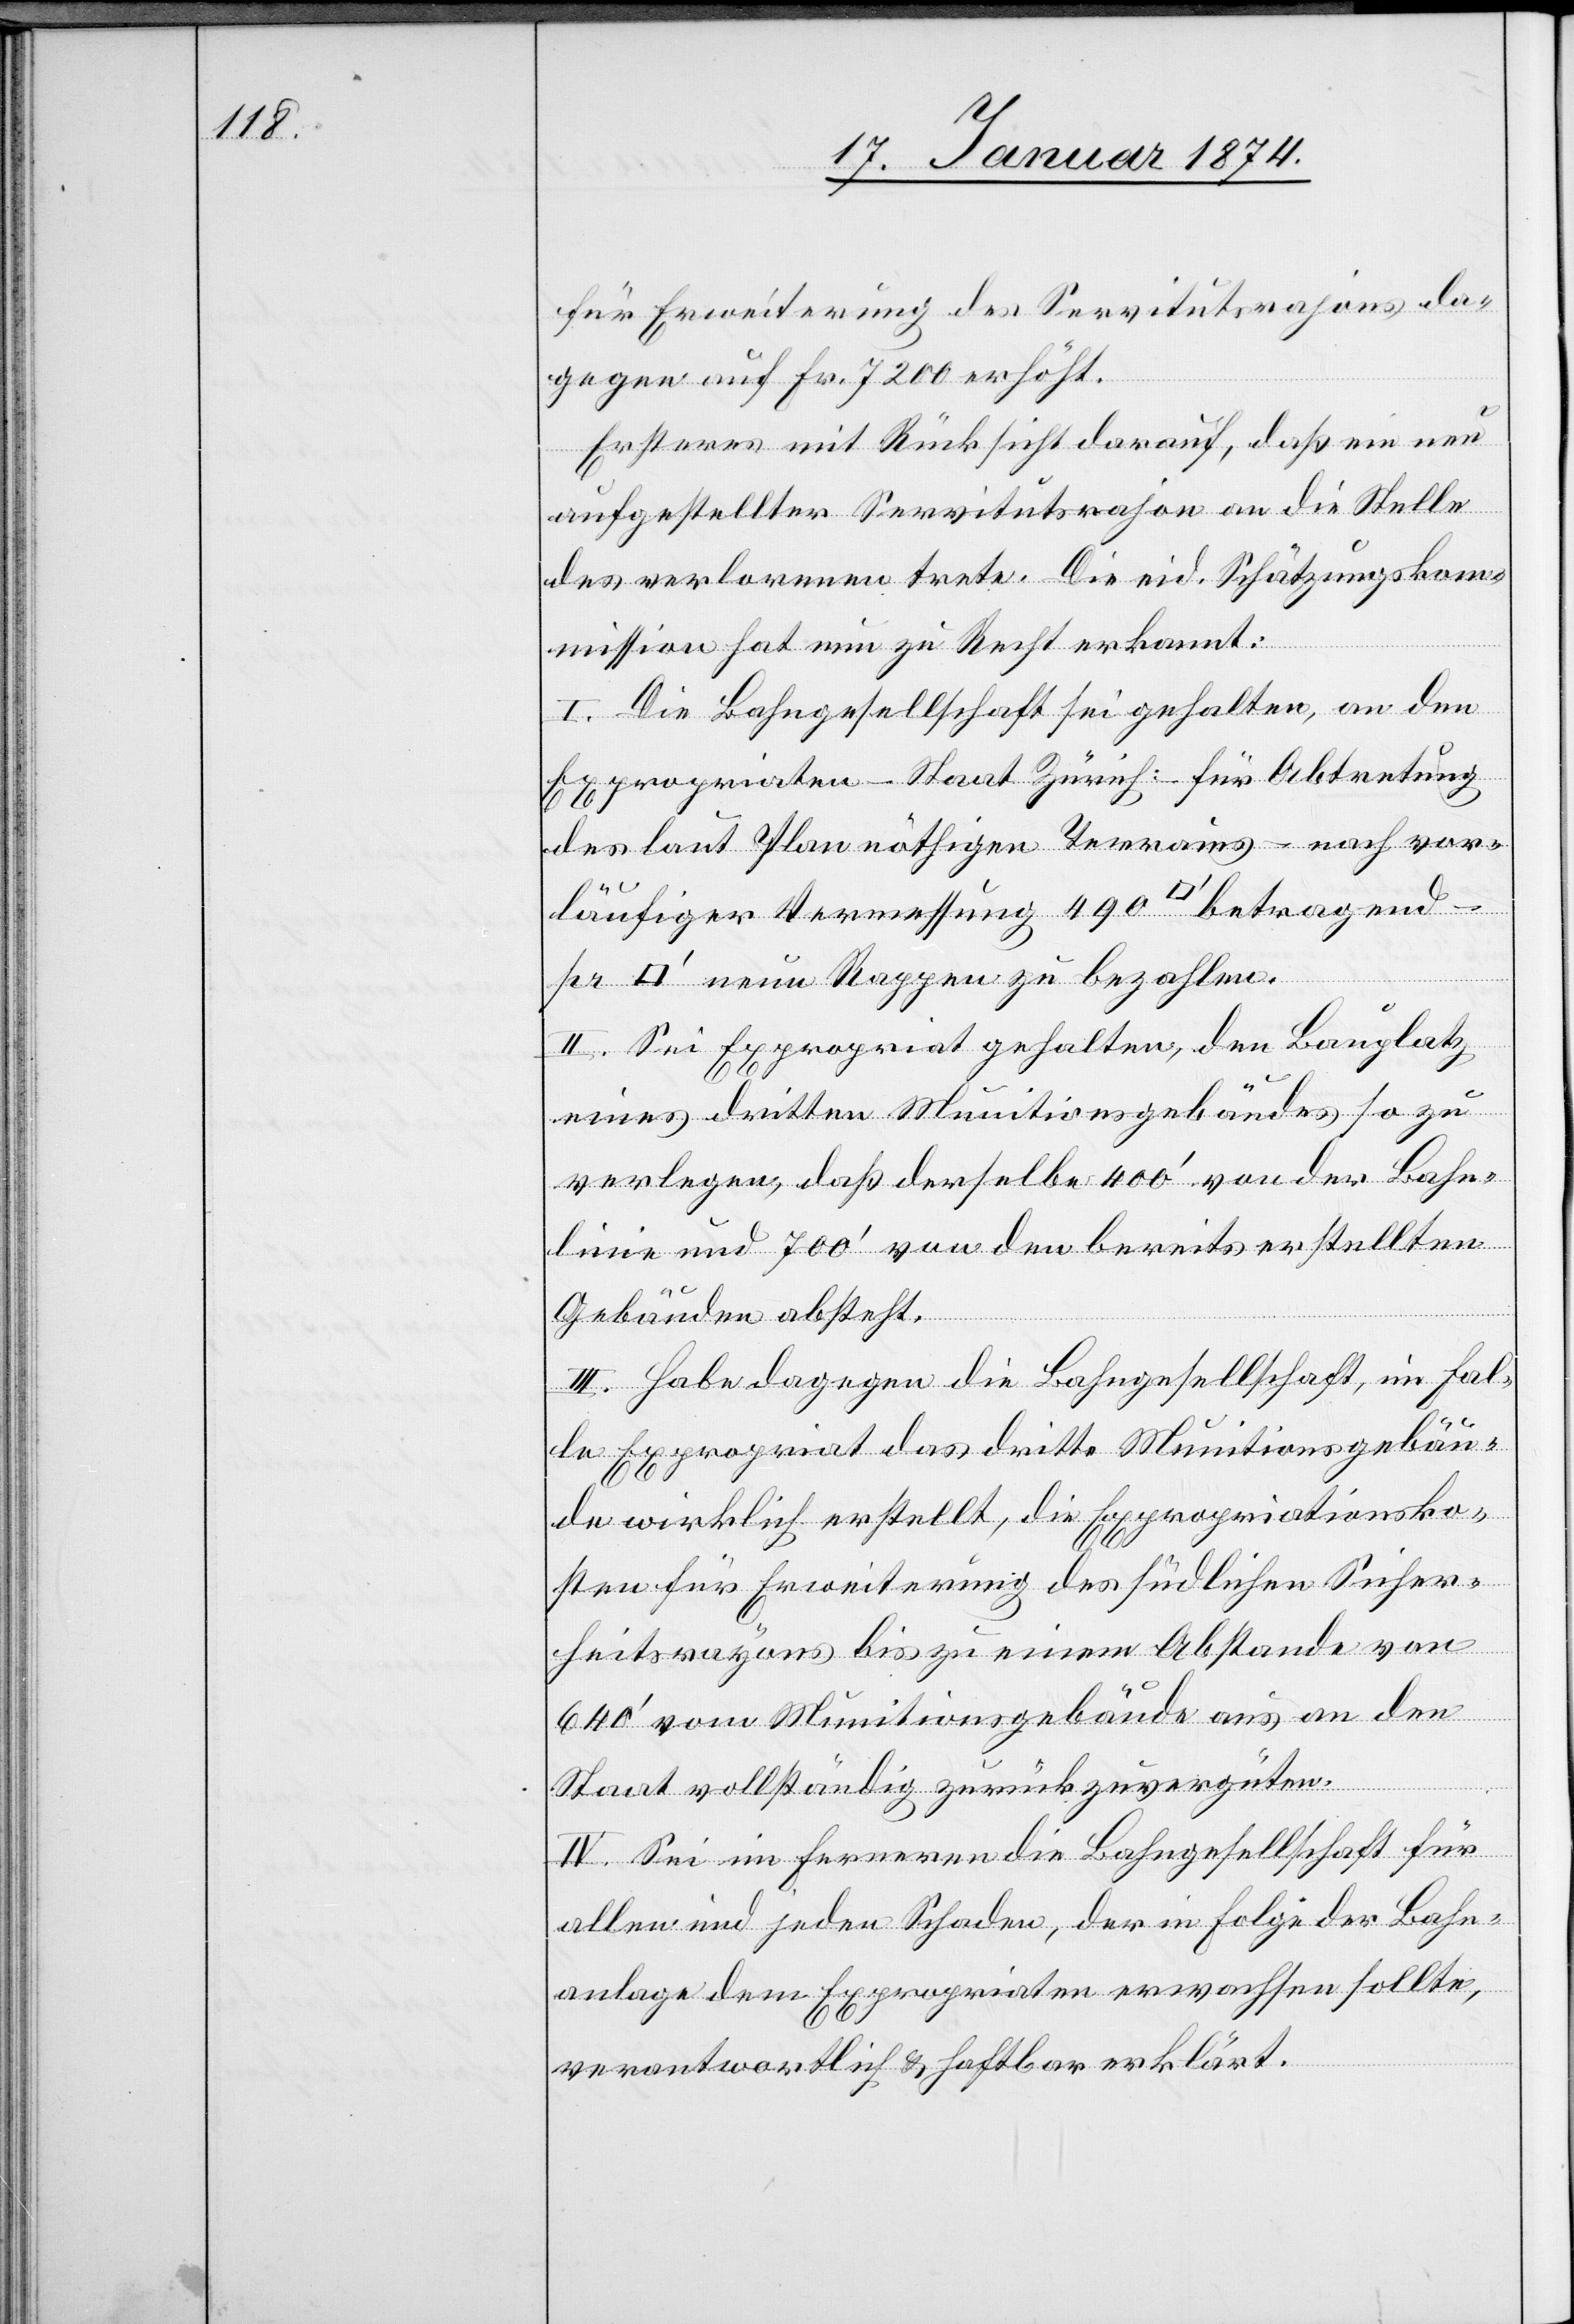
per
für Erweiterung des Servitutsrajons da¬
gegen auf Fr. 7200 erhöht.
Ersteres mit Rücksicht darauf, daß ein neu
aufgestelltes Servitutsrajon an die Stelle
des verlorenen trete. Die eid. Schätzungskom¬
[Quadratfu¬
mission hat nun zu Recht erkannt:
I. Die Bahngesellschaft sei gehalten, an den
Expropriaten – Staat Zürich: – für Abtretung
des laut Plan nöthigen Terrains – nach vor¬
ss] neun Rappen zu bezahlen.
II. Sei Expropriat gehalten, den Bauplatz
eines dritten Munitionsgebäudes so zu
verlegen, daß derselbe 400‘ von der Bahn¬
linie und 700‘ von den bereits erstellten
Gebäuden absteht.
III. Habe dagegen die Bahngesellschaft, im Fal¬
le Expropriat das dritte Munitionsgebäu¬
de wirklich erstellt, die Exproriationsko¬
sten für Erweiterung des südlichen Sicher¬
heitsrayons bis zu einem Abstande von
640‘ vom Munitionsgebäude aus an den
Staat vollständig zurückzuvergüten.
IV. Sei im ferneren die Bahngesellschaft für
allen und jeden Schaden, der in Folge der Bahn¬
anlage dem Expropriaten erwachsen sollte,
verantwortlich & haftbar erklärt.